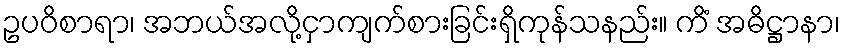
ဥပဝိစာရာ၊ အဘယ်အလို့ငှာကျက်စားခြင်းရှိကုန်သနည်း။ ကိံ အဓိဋ္ဌာနာ၊